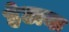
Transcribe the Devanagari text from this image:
हेटाक